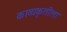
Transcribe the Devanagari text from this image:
काव्यकृतीला